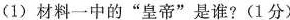
(1)材料一中的”皇帝”是谁?(1分)